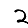
Digit: 2